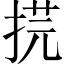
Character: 𢯥